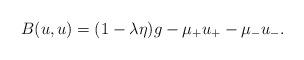
LaTeX: \begin{align*}B(u,u)=(1-\lambda \eta )g-{\mu}_{+}u_{+}-{\mu}_{-}u_{-}.\end{align*}